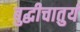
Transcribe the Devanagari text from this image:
बुद्धीचातुर्य